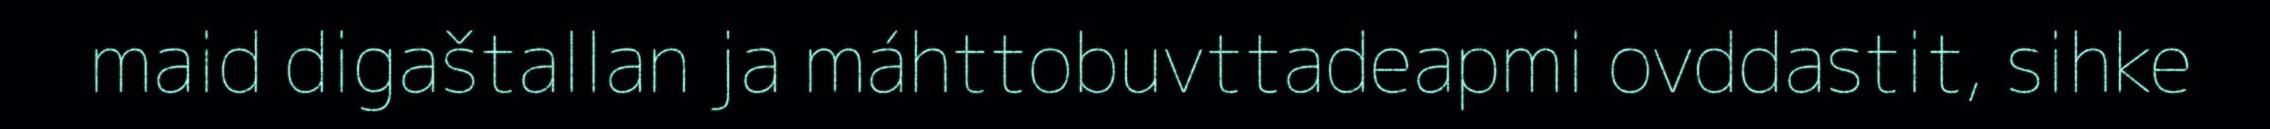
maid digaštallan ja máhttobuvttadeapmi ovddastit, sihke